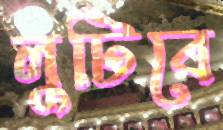
লুটিবে